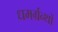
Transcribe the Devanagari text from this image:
धमर्ग्रन्थों